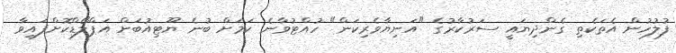
ފުލުހުން އެތަކެތި ގެންދިޔައީ ސަރުކާރުގެ "އަނިޔާވެރިކަން" ހުއްޓުވާނެ ކަމަށް ބުނެ ޔޫޓިއުބަށް އަޕްލޯޑްކޮށްފައިވާ